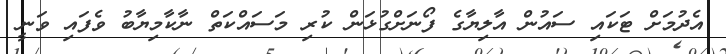
އެދުމަށް ޓަކައި ސައުން އާލިޔާގެ ފޯނަށްގުޅަން ކުރި މަސައްކަތް ނާކާމިޔާބު ވެފައި ވަނީ